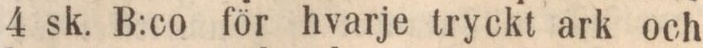
4 sk. B:co för hvarje tryckt ark och